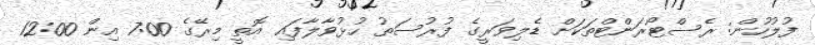
ފުލުހުން: ރެސްޓޯރަންޓްތަކަށް ޑެލިވަރީގެ ފުރުސަތު ހުޅުވާލާފައި އޮތީ މިރޭގެ 7:00 އިން 12:00